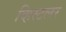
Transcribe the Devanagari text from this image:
व्हिस्टलर